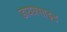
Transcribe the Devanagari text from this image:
डायक्साइड